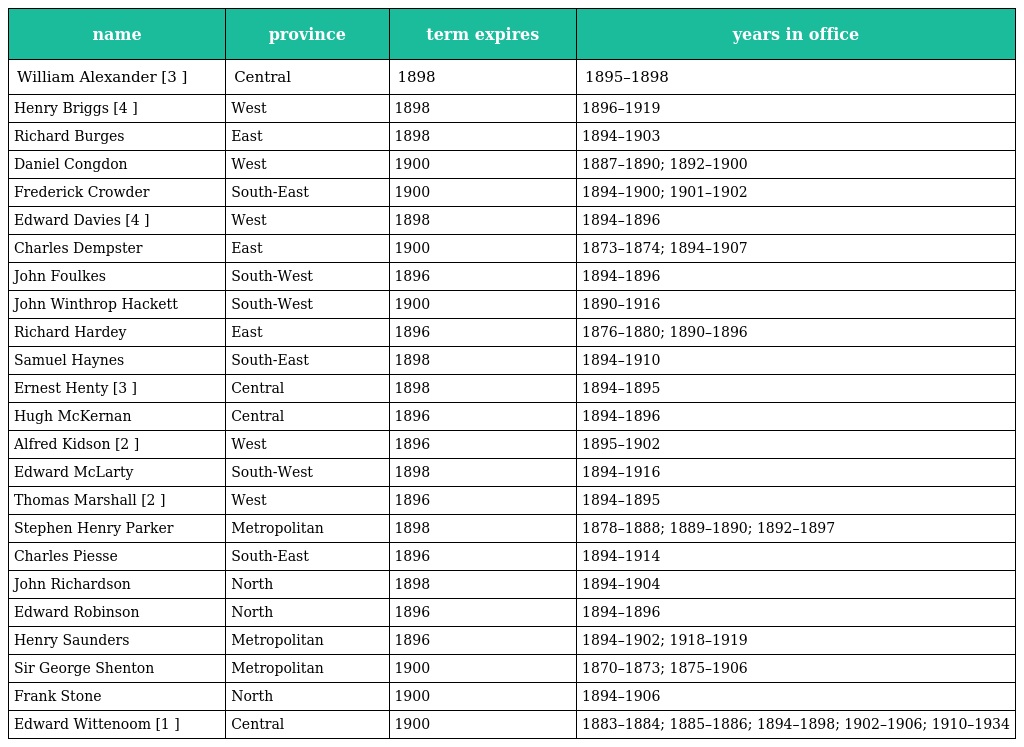
| name | province | term expires | years in office |
 | --- | --- | --- | --- |
 | William Alexander [3 ] | Central | 1898 | 1895–1898 |
 | Henry Briggs [4 ] | West | 1898 | 1896–1919 |
 | Richard Burges | East | 1898 | 1894–1903 |
 | Daniel Congdon | West | 1900 | 1887–1890; 1892–1900 |
 | Frederick Crowder | South-East | 1900 | 1894–1900; 1901–1902 |
 | Edward Davies [4 ] | West | 1898 | 1894–1896 |
 | Charles Dempster | East | 1900 | 1873–1874; 1894–1907 |
 | John Foulkes | South-West | 1896 | 1894–1896 |
 | John Winthrop Hackett | South-West | 1900 | 1890–1916 |
 | Richard Hardey | East | 1896 | 1876–1880; 1890–1896 |
 | Samuel Haynes | South-East | 1898 | 1894–1910 |
 | Ernest Henty [3 ] | Central | 1898 | 1894–1895 |
 | Hugh McKernan | Central | 1896 | 1894–1896 |
 | Alfred Kidson [2 ] | West | 1896 | 1895–1902 |
 | Edward McLarty | South-West | 1898 | 1894–1916 |
 | Thomas Marshall [2 ] | West | 1896 | 1894–1895 |
 | Stephen Henry Parker | Metropolitan | 1898 | 1878–1888; 1889–1890; 1892–1897 |
 | Charles Piesse | South-East | 1896 | 1894–1914 |
 | John Richardson | North | 1898 | 1894–1904 |
 | Edward Robinson | North | 1896 | 1894–1896 |
 | Henry Saunders | Metropolitan | 1896 | 1894–1902; 1918–1919 |
 | Sir George Shenton | Metropolitan | 1900 | 1870–1873; 1875–1906 |
 | Frank Stone | North | 1900 | 1894–1906 |
 | Edward Wittenoom [1 ] | Central | 1900 | 1883–1884; 1885–1886; 1894–1898; 1902–1906; 1910–1934 |